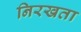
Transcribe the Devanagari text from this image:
निरखता